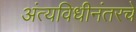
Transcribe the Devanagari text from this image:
अंत्यविधीनंतरचे